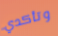
وتأكدي